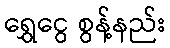
ရွှေငွေ စွန့်နည်း